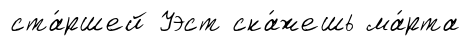
ста́ршей Уэст ска́жешь ма́рта